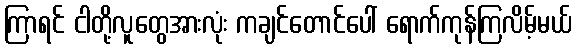
ကြာရင် ငါတို့လူတွေအားလုံး ကချင်တောင်ပေါ် ရောက်ကုန်ကြလိမ့်မယ်